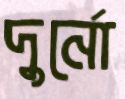
দুর্নো